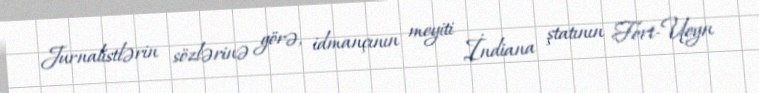
Jurnalistlərin sözlərinə görə, idmançının meyiti İndiana ştatının Fort-Ueyn